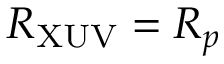
R _ { \mathrm { X U V } } = R _ { p }